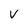
Character: V